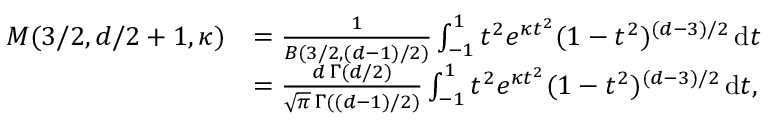
\begin{array} { r l } { M ( 3 / 2 , d / 2 + 1 , \kappa ) } & { = \frac { 1 } { B ( 3 / 2 , ( d - 1 ) / 2 ) } \int _ { - 1 } ^ { 1 } t ^ { 2 } e ^ { \kappa t ^ { 2 } } ( 1 - t ^ { 2 } ) ^ { ( d - 3 ) / 2 } \, \mathrm { d } t } \\ & { = \frac { d \, \Gamma ( d / 2 ) } { \sqrt { \pi } \, \Gamma ( ( d - 1 ) / 2 ) } \int _ { - 1 } ^ { 1 } t ^ { 2 } e ^ { \kappa t ^ { 2 } } ( 1 - t ^ { 2 } ) ^ { ( d - 3 ) / 2 } \, \mathrm { d } t , } \end{array}